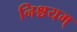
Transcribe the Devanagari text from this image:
निश्चयम्